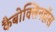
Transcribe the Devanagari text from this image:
कैबोक्लिनहॉस